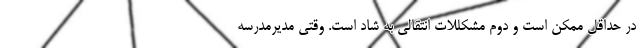
در حداقل ممکن است و دوم مشکللات انتقالی به شاد است. وقتی مدیرمدرسه